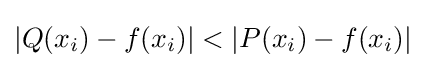
|Q(x_{i})-f(x_{i})|<|P(x_{i})-f(x_{i})|